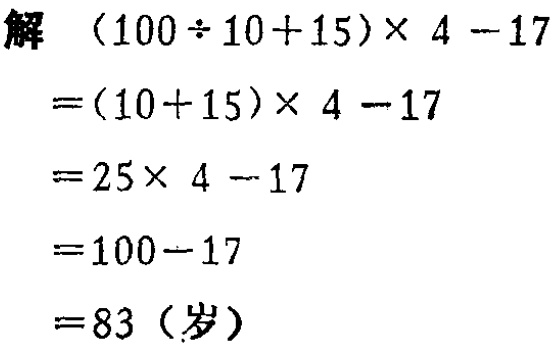
解

\[

\begin{align*}

&(100\div10 + 15)\times4-17\\

=&(10 + 15)\times4-17\\

=&25\times4-17\\

=&100-17\\

=&83(\text{岁})

\end{align*}

\]